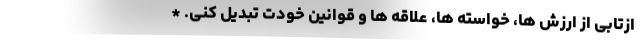
ازتابی از ارزش ها، خواسته ها، علاقه ها و قوانین خودت تبدیل کنی. *